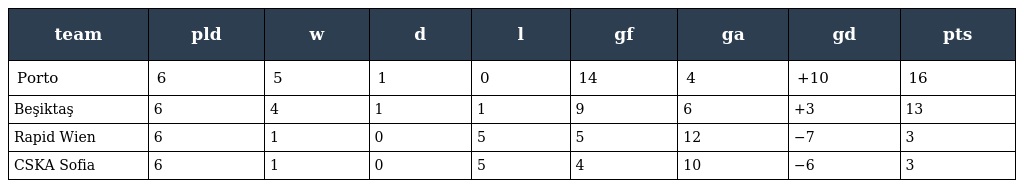
| team | pld | w | d | l | gf | ga | gd | pts |
 | --- | --- | --- | --- | --- | --- | --- | --- | --- |
 | Porto | 6 | 5 | 1 | 0 | 14 | 4 | +10 | 16 |
 | Beşiktaş | 6 | 4 | 1 | 1 | 9 | 6 | +3 | 13 |
 | Rapid Wien | 6 | 1 | 0 | 5 | 5 | 12 | −7 | 3 |
 | CSKA Sofia | 6 | 1 | 0 | 5 | 4 | 10 | −6 | 3 |